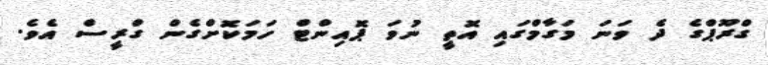
ގްރޫޕްގެ ދެ ވަނަ މަގާމްގައި އޮތީ ނުވަ ޕޮއިންޓް ހަމަކޮށްގެން ގްރީސް އެވެ.